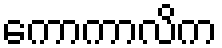
ကောကာလိက